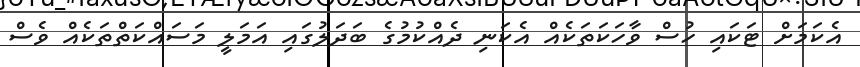
އެކަމަށް ޓަކައި ހުސް ވާހަކަތަކެއް އެކަނި ދެއްކުމުގެ ބަަދަލުގައި އަމަލީ މަސައްކަތްތަކެއް ވެސް